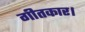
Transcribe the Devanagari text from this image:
गीतकार।